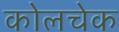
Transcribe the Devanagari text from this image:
कोलचेक